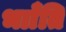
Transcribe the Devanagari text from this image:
भााँति